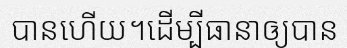
បានហើយ។ដើម្បីធានាឲ្យបាន